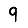
Digit: 9